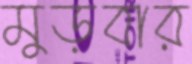
মুড়বার